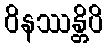
ဝိနဿန္တိပိ